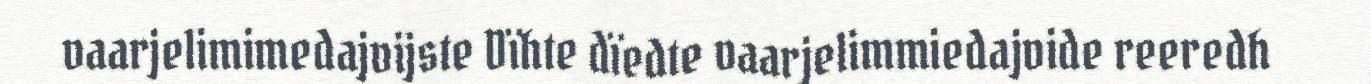
vaarjelimimedajvijste Dïhte dïedte vaarjelimmiedajvide reeredh